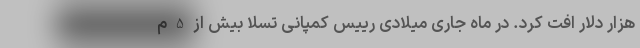
هزار دلار افت کرد. در ماه جاری میلادی رییس کمپانی تسلا بیش از 5 م